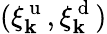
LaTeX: (\xi_{\mathbf{k}}^{\mathrm{{~u~}}},\xi_{\mathbf{k}}^{\mathrm{{~d~}}})